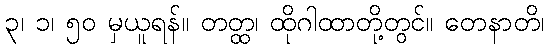
၃၊ ၁၊ ၅၀ မှယူရန်။ တတ္ထ၊ ထိုဂါထာတို့တွင်။ တေနာတိ၊